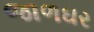
જાળઘર